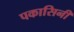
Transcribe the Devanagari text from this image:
पकासिनी